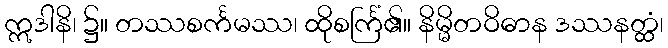
ဣဒါနိ၊ ၌။ တဿစင်္ကမဿ၊ ထိုစင်္ကြံ၏။ နိမ္မိတဝိဓာန ဒဿနတ္ထံ၊